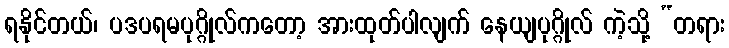
ရနိုင်တယ်၊ ပဒပရမပုဂ္ဂိုလ်ကတော့ အားထုတ်ပါလျက် နေယျပုဂ္ဂိုလ် ကဲ့သို့ “တရား